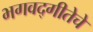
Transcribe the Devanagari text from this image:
भगवद्‌गीतेचे